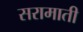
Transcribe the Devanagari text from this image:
सरामाती